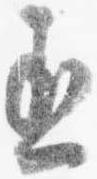
丞